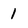
Character: 1